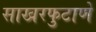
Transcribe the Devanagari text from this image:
साखरफुटाणे